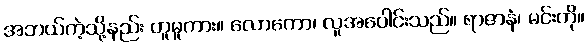
အဘယ်ကဲ့သို့နည်း ဟူမူကား။ လောကော၊ လူအပေါင်းသည်။ ရာဇာနံ၊ မင်းကို။